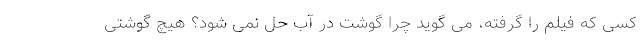
کسی که فیلم را گرفته، می گوید چرا گوشت در آب حل نمی شود؟ هیچ گوشتی